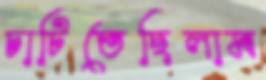
চাটিতেছিলাম